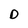
Character: D